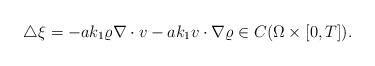
LaTeX: \begin{align*}\begin{array}{ll}\triangle\xi = -a k_1\varrho\nabla\cdot v - a k_1 v\cdot\nabla\varrho \in C(\Omega\times [0,T]).\end{array}\end{align*}